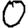
Digit: 0